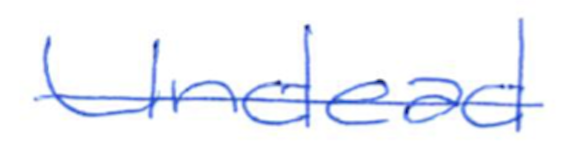
Text: Undead
Cross-out: single-line
Writing tool: ballpoint